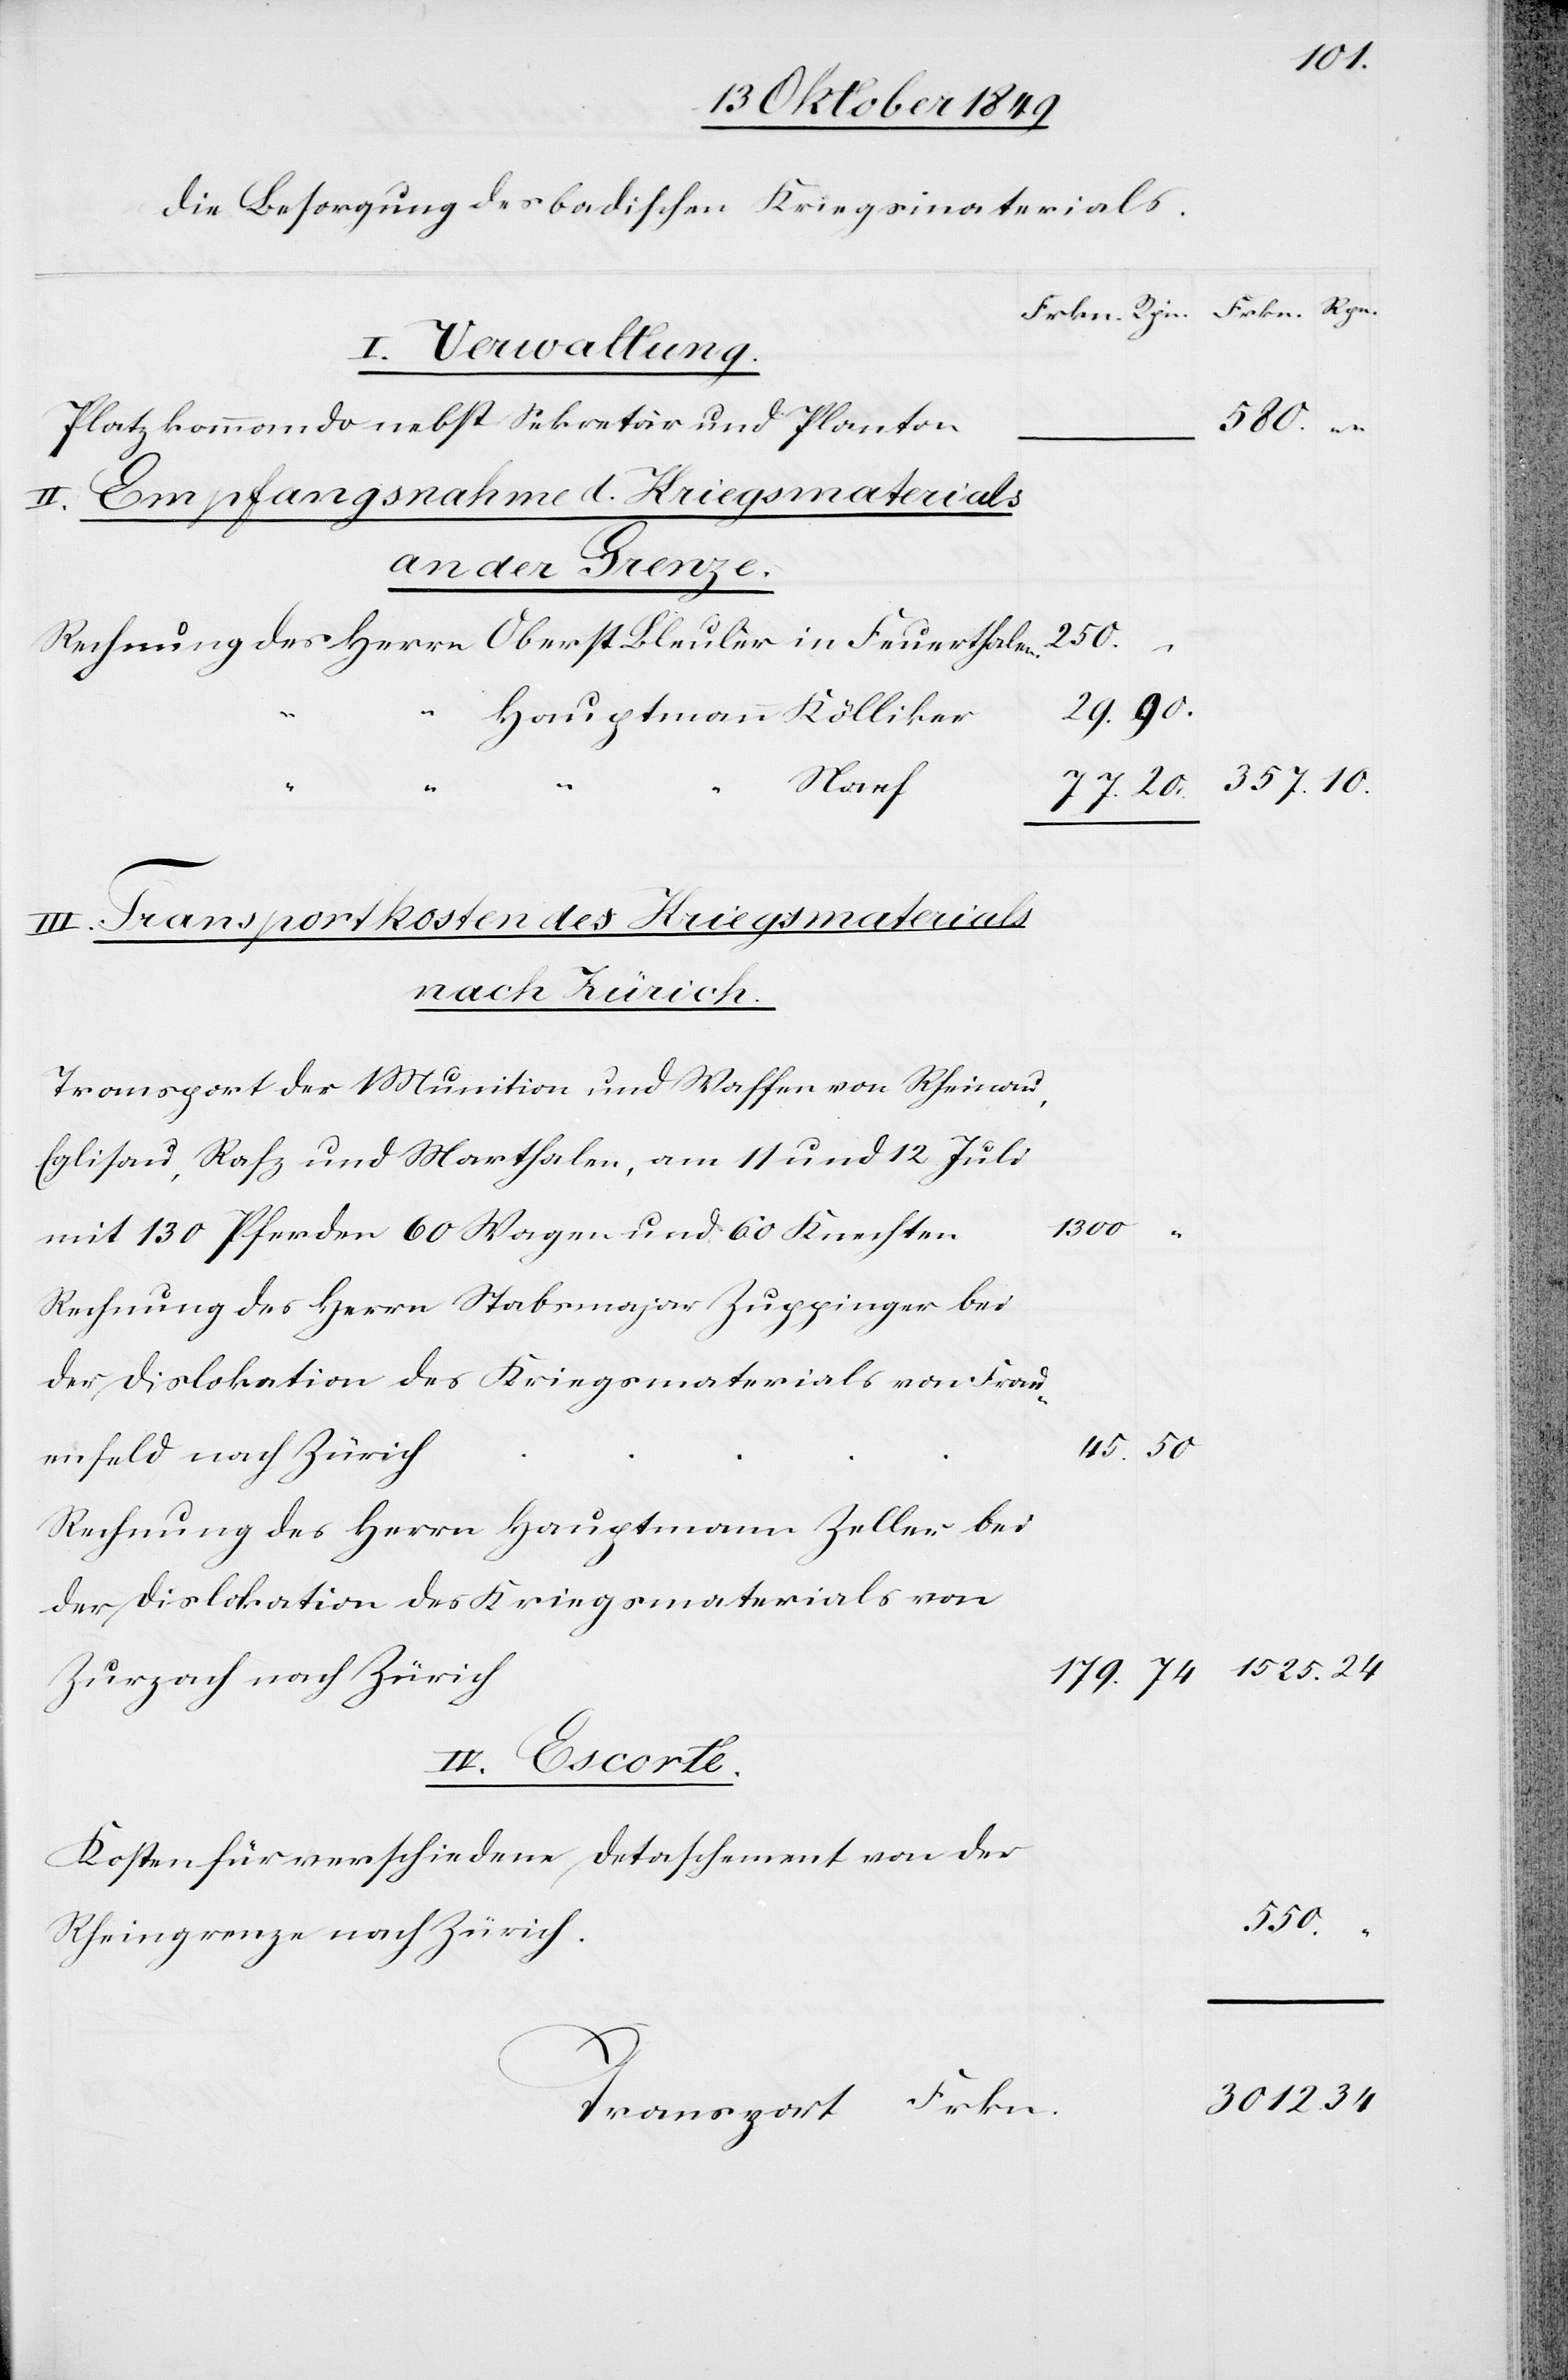
die Besorgung des badischen Kriegsmaterials.
Platzkommando nebst Sekretär und Planto¬
II. Empfangsnahme d. Kriegsmaterials
der Grenze.
550.
Rechnung des Herrn Oberst Bleuler in Feuerthale¬
h
24.
nach
III. Transportkosten des Kriegsmaterials
nach Zürich
Transport der Munition und Waffen von Rheinau,
Rafz und Marthalen, am 11 und 12 Juli
130
Rechnung des Herrn Stabsmajor Zuppinger bei
45.	50.
Rechnung des Herrn Hauptmann Zeller bei
Dislokation des Kriegsmaterials von
Zurzach nach Züric¬
IV. Escorte.
Kosten für verschiedene Detachement von der